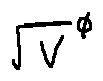
\sqrt { V } ^ { \phi }